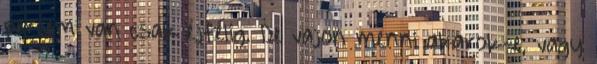
percem van csak éjfélig. De vajon menni akarok-e, vagy